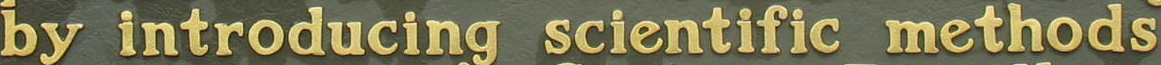
by introducing scientific methods